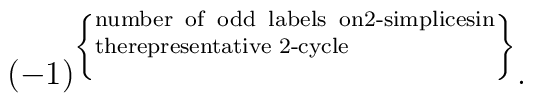
(-1)^{ \left\{ \parbox[b]{2in}{\scriptsize \rm  number of odd labels on2-simplicesin therepresentative 2-cycle} \right\} } .